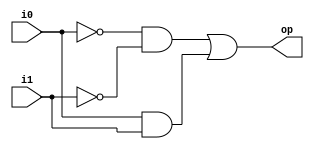
// Listing 1.1
module mystery_module
   // I/O ports
   (
    input wire i0, i1,
    output wire op
   );
 
   // signal declaration
   wire p0, p1;

   // body
   // sum of two product terms
   
   // product terms
   assign p0 = ~i0 & ~i1;
   assign p1 = i0 & i1;
    
   assign op = p0 | p1;
endmodule